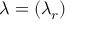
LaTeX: { \boldsymbol { \lambda } } = ( \lambda _ { r } )